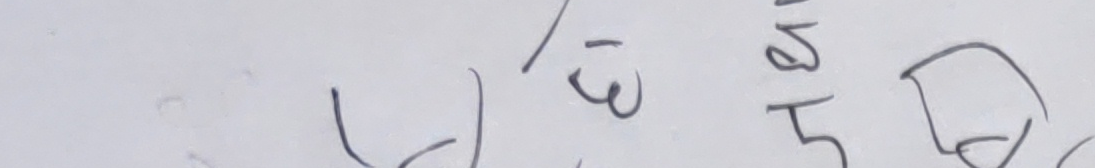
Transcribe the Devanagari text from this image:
केही पनि छैन